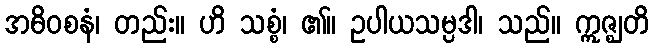
အဓိဝစနံ၊ တည်း။ ဟိ သစ္စံ၊ ၏။ ဥပါယသမ္ပဒါ၊ သည်။ ဣဇ္ဈတိ